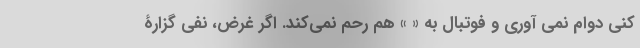
کنی دوام نمی آوری و فوتبال به « » هم رحم نمی‌کند. اگر غرض، نفی گزارۀ